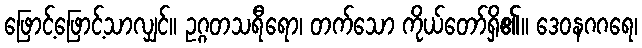
ဖြောင့်ဖြောင့်သာလျှင်။ ဥဂ္ဂတသရီရော၊ တက်သော ကိုယ်တော်ရှိ၏။ ဒေဝနဂဂရေ၊